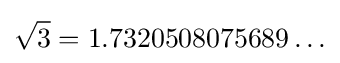
{\sqrt {3}}=1.7320508075689\ldots